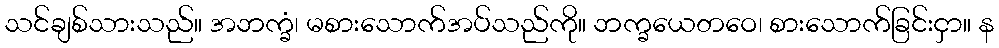
သင်ချစ်သားသည်။ အဘက္ခံ၊ မစားသောက်အပ်သည်ကို။ ဘက္ခယေတဝေ၊ စားသောက်ခြင်းငှာ။ န